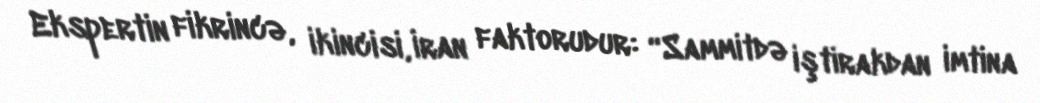
Ekspertin fikrincə, ikincisi, İran faktorudur: “Sammitdə iştirakdan imtina